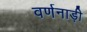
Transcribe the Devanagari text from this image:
वर्णनाड़ी